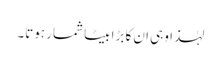
لہٰذا وہی ان کا بڑا بیٹا شمار ہوتا۔